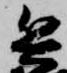
兵